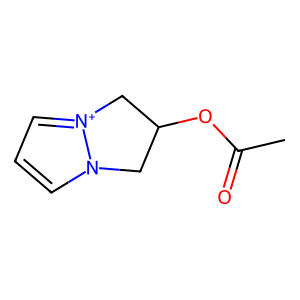
SMILES: CC(=O)OC1Cn2ccc[n+]2C1
Inhibits HIV replication: No